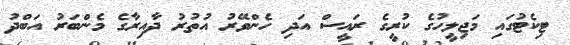
ޓިކެޓުގައި މަޖިލީހުގެ ކުރީގެ ރައީސް އަދި ހެންވޭރު އުތުރު ދާއިރާގެ މެންބަރު އަބްދު